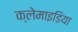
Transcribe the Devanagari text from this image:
क्लेमाइडिया